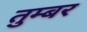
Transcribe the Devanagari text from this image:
तुम्बर